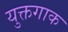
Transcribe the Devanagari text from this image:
युक्तगाक